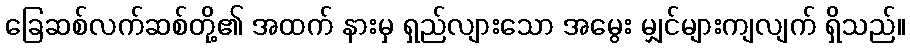
ခြေဆစ်လက်ဆစ်တို့၏ အထက် နားမှ ရှည်လျားသော အမွေး မျှင်များကျလျက် ရှိသည်။